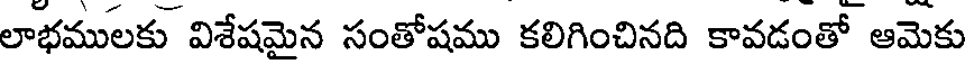
లాభములకు విశేషమైన సంతోషము కలిగించినది కావడంతో ఆమెకు